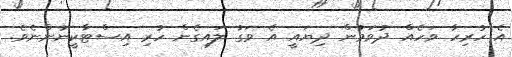
އެ ހުރިހާ ވަހެއް ދުވަމުން ދިޔައީ އެ ވަގު ލައިގެން ހުރި އިސްޓާކީނުންނެވެ.